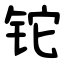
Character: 铊